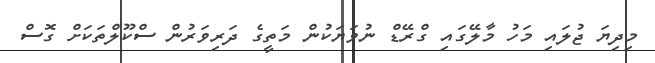
މިދިޔަ ޖުލައި މަހު މާލޭގައި ގްރޭޑް ނުވަޔަކުން މަތީގެ ދަރިވަރުން ސްކޫލްތަކަށް ގޮސް